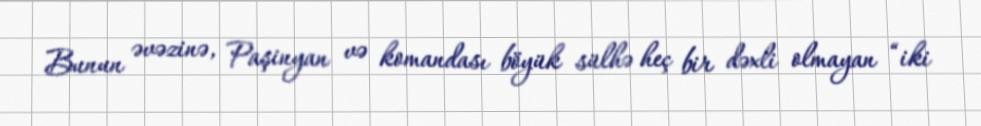
Bunun əvəzinə, Paşinyan və komandası böyük sülhə heç bir dəxli olmayan “iki